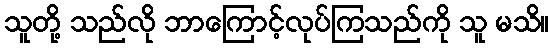
သူတို့ သည်လို ဘာကြောင့်လုပ်ကြသည်ကို သူ မသိ။